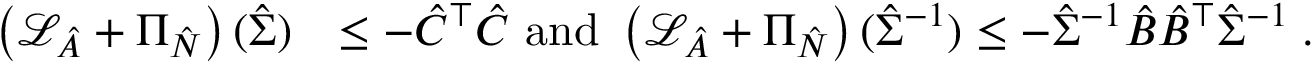
\begin{array} { r l } { \left( \mathcal { L } _ { \hat { A } } + \Pi _ { \hat { N } } \right) ( \hat { \Sigma } ) } & { \le - \hat { C } ^ { \top } \hat { C } \mathrm { ~ a n d ~ } \left( \mathcal { L } _ { \hat { A } } + \Pi _ { \hat { N } } \right) ( \hat { \Sigma } ^ { - 1 } ) \le - \hat { \Sigma } ^ { - 1 } \hat { B } \hat { B } ^ { \top } \hat { \Sigma } ^ { - 1 } \; . } \end{array}